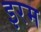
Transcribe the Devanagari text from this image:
इरम